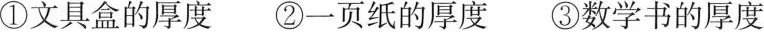
①文具盒的厚度 ②一页纸的厚度 ③数学书的厚度